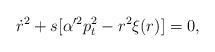
LaTeX: \begin{align*}\dot r^2+s[\alpha'^2p_t^2-r^2\xi(r)]=0,\end{align*}